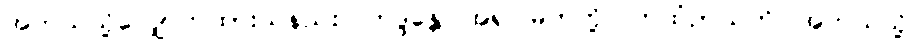
အဘယ်သို့လျှောက်ထားသနည်း။ ဘဒ္ဒန္တေ၊ အရှင်မြတ်တို့။ ကထံဉာယတိ၊ အဘယ်သို့